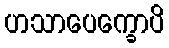
ဟသာပေက္ခောပိ